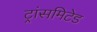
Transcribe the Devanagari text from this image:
ट्रांसमिटेड